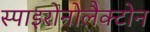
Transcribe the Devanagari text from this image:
स्पाइरोनोलैक्टोन